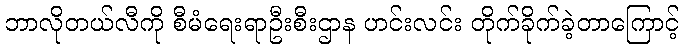
ဘာလိုတယ်လီကို စီမံရေးရာဦးစီးဌာန ဟင်းလင်း တိုက်ခိုက်ခဲ့တာကြောင့်